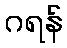
ဂရန်